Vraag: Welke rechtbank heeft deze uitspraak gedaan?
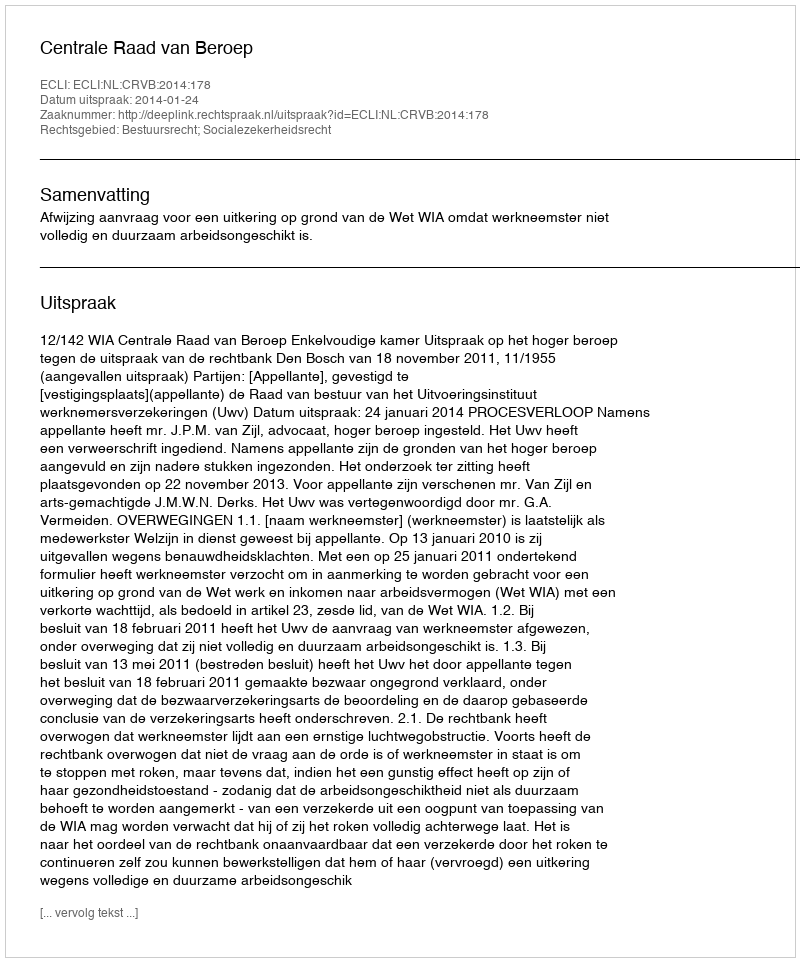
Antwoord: Centrale Raad van Beroep